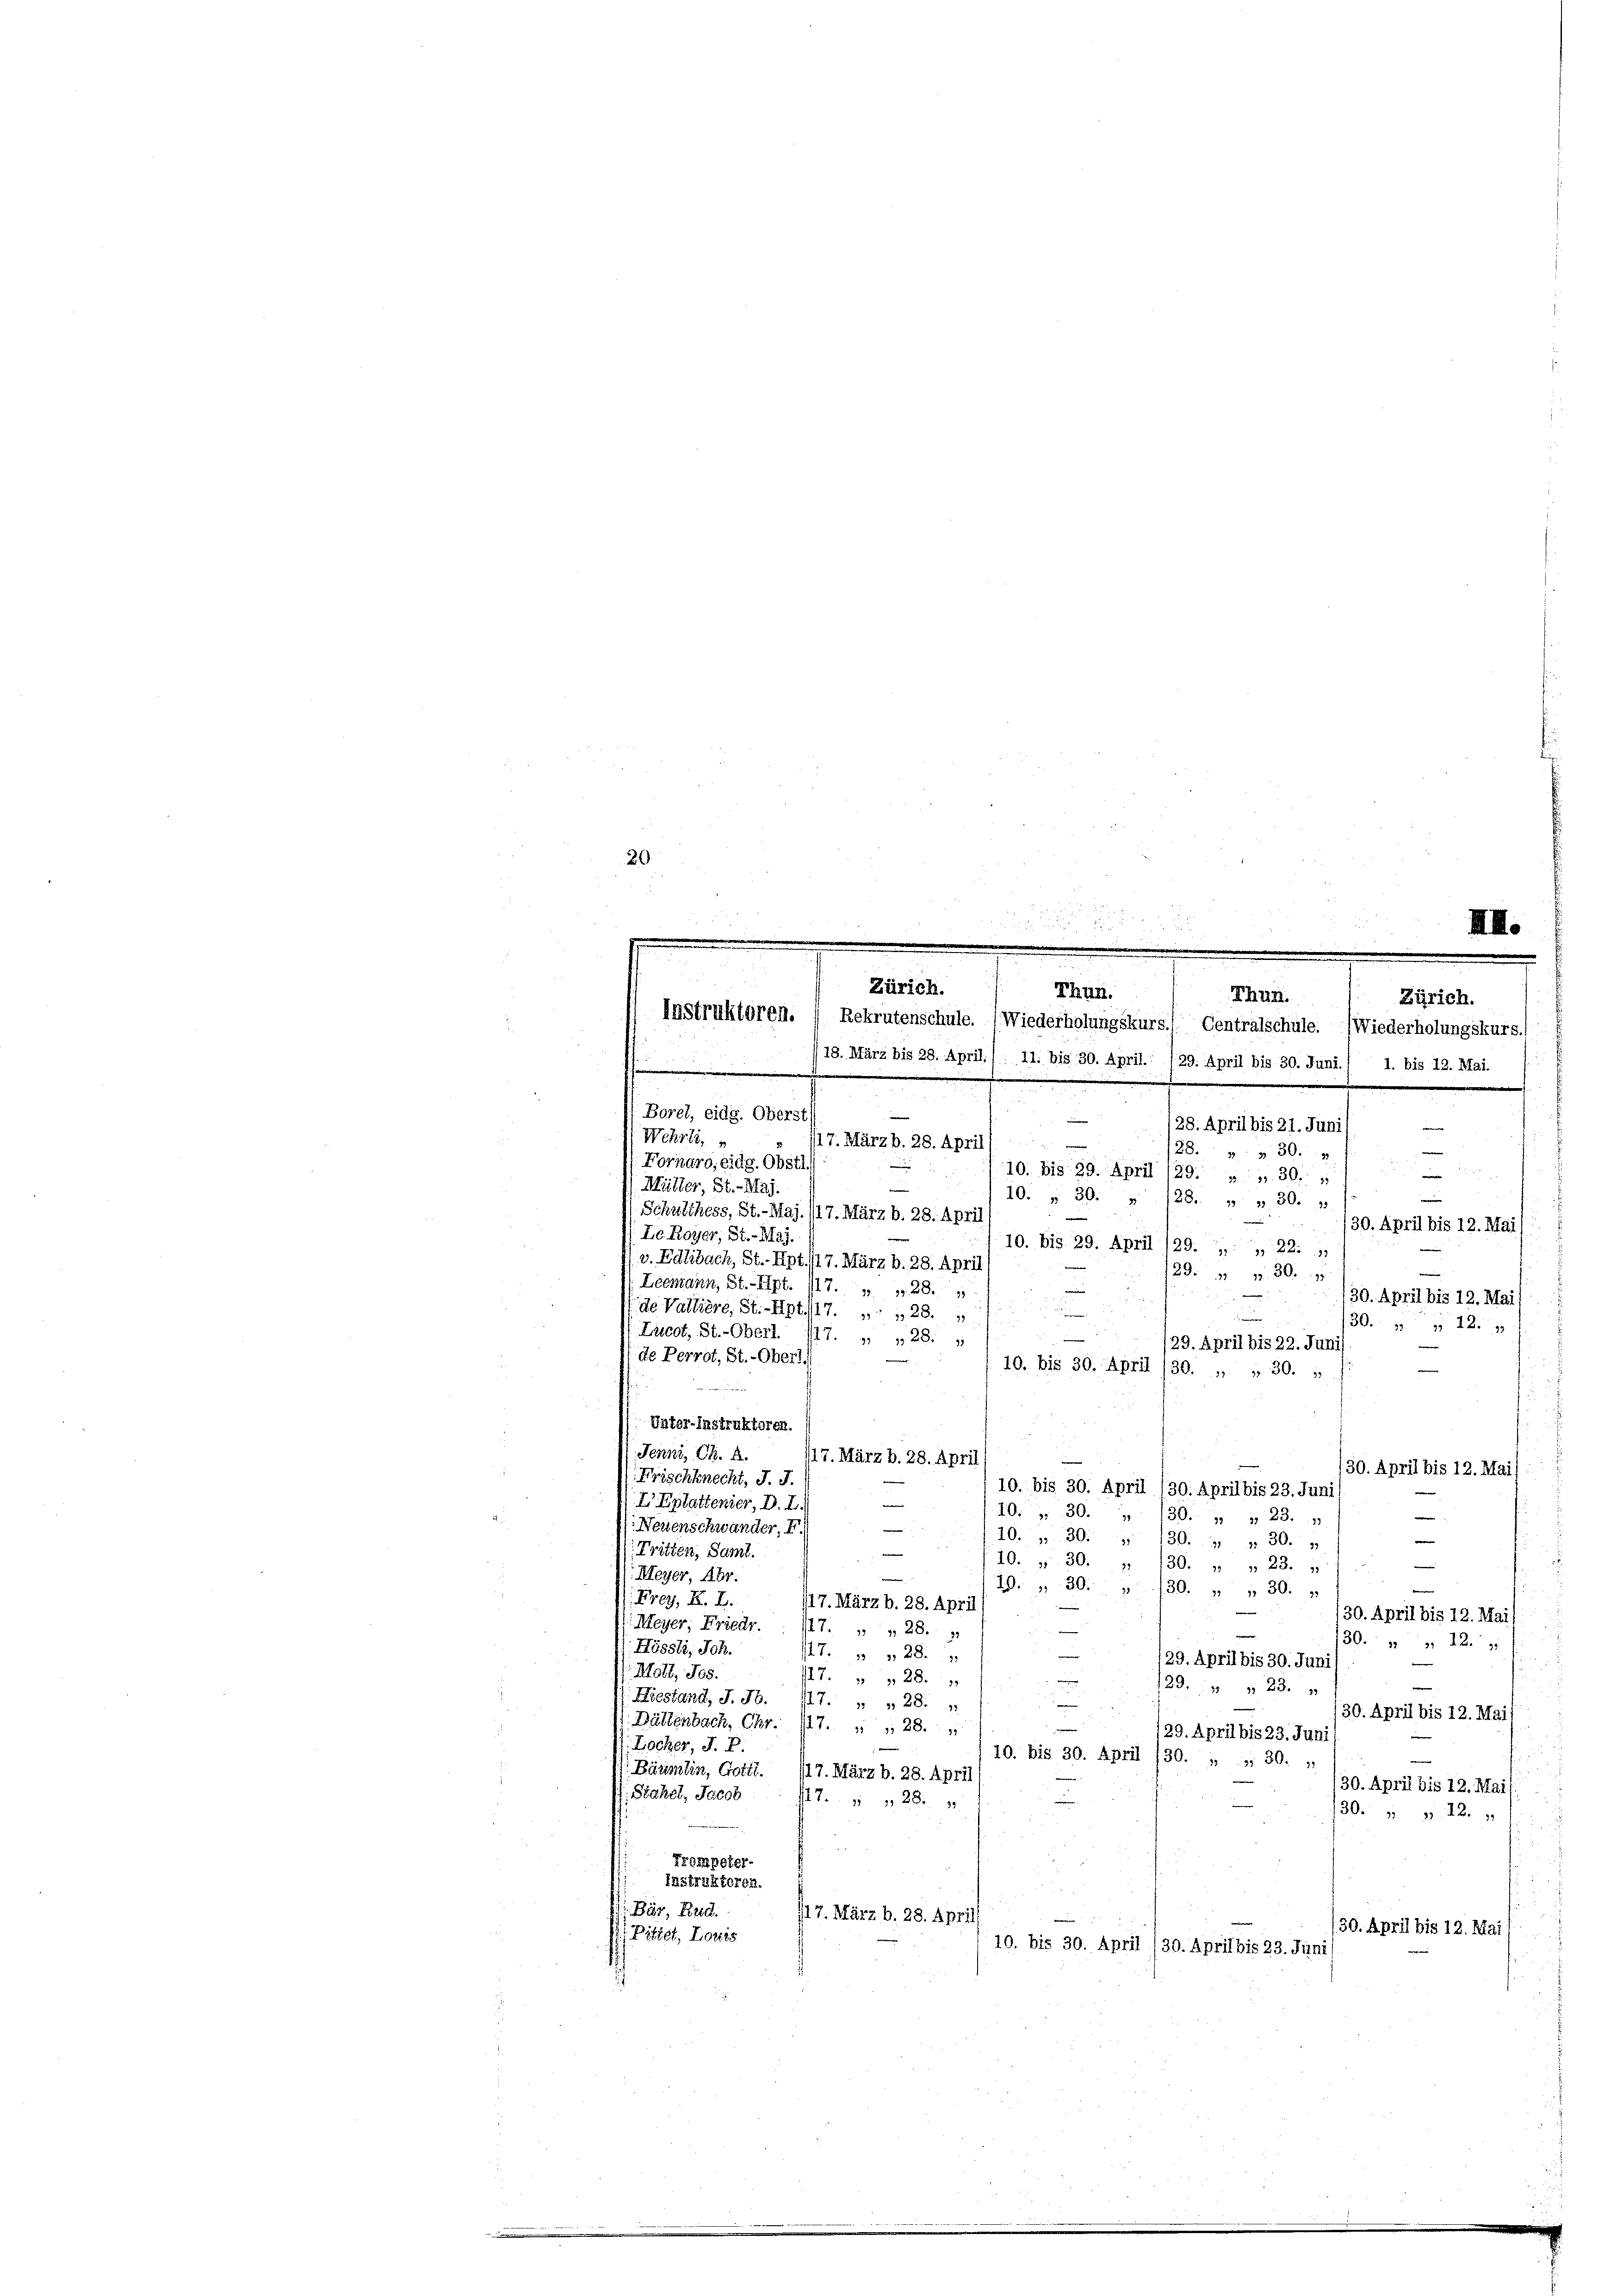
20
2

Vater-Instruktoren.
Jenni, Ch. 2.
17. März b. 28. April
/30. April bis 12. Mai
Frischknecht, J. J.
10. bis 30. April 130. April bis 23. Juni
I Eplattener, D. I.
40. 30. „ 130. " " 23.
Neuenschwander, I
e
40. „ 30: " 130. " " 30. „
e
Tritten, Saml.
.
10. 30. „ 130. " " 23. 1
e
Meyer, Abr.
e
49. 30. 130. „ „ 30.
Frey, K. H.
717. März b. 28. April
30. April bis 12. Mai/
Meyer, Friedr.
147. 28. 7

30. „ „ 12.
Hössli, Sch.
25. 28.
/29. April bis 30. Juni
Mötl, Jos.
/7. 28.
129. 7 § 23.
Hiestand, J. J. 17. „ „ 28.
30. April bis 12. Mai f
(Bättenbach, Chr. 17. " " 28.
n
129. April bis 23. Juni)
Locher, J. P.
10. bis 30. April 130. „ „ 30. „
 Bäumlin, Gottl. 117. März b. 28. April
30. April bis 12. Mais
Stahel, Jakob (lt. . 28.
30. 22.
Trompeter-
Instruktoren.
 Bär, Krie
(17. März b. 28. Apri
30. April bis 12. Mai (
 Pittet, Louis
10. bis 30. April /30. April bis 23. Juni

Thun.
Thun.
Zürich.
Instruktören. ( Rekrutenschule. (Wiederholungskurs. Centralschule. (Wiederholungskurs.
18. März bis 28. April./: 11. bis 30. April.: 129. April bis 30. Juni./ 1. bis 12. Mai.
u
.

28. April bis 21. Juni
i
Wehrli,
117. März b. 28. April)
e
28. " " 30.
Fornaro, eidg. Obstl.

10. bis 29. April /29. „ „ 30.
e
Müller, St.-Maj.

10. „ 30: » 128. „ „ 30. 1
Schulthess, St.-Maj. /17. März b. 28. April
/30. April bis 12. Mai/
(Le. Royer, St. May.
10. bis 29. April 129. „ „ 22. 1
v. Edlibach, St.- Hpt./17. März b. 28. April
29. 11. 30. 7
Leemann, St.- Apt. 117. 28.

130. April bis 12. Mai
de Wallière, St.-Apt. 17. 28.

30. p  12 x
(Lucot, St.-Oberl. 17. „ „ 28.
e
/29. April bis 22. Juni
de Perrot, St.-Ober!!
40. bis 30. April 130. „ „ 30.

Borel, eidg. Oberst

Zürich.

d